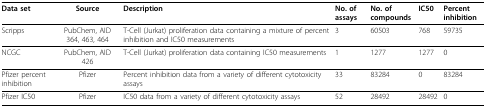
<table><thead><tr><td><b>Data set</b></td><td><b>Source</b></td><td><b>Description</b></td><td><b>No. of assays</b></td><td><b>No. of compounds</b></td><td><b>IC50</b></td><td><b>Percent inhibition</b></td></tr></thead><tbody><tr><td>Scripps</td><td>PubChem, AID 364, 463, 464</td><td>T-Cell (Jurkat) proliferation data containing a mixture of percent inhibition and IC50 measurements</td><td>3</td><td>60503</td><td>768</td><td>59735</td></tr><tr><td>NCGC</td><td>PubChem, AID 426</td><td>T-Cell (Jurkat) proliferation data containing IC50 measurements</td><td>1</td><td>1277</td><td>1277</td><td>0</td></tr><tr><td>Pfizer percent inhibition</td><td>Pfizer</td><td>Percent inhibition data from a variety of different cytotoxicity assays</td><td>33</td><td>83284</td><td>0</td><td>83284</td></tr><tr><td>Pfizer IC50</td><td>Pfizer</td><td>IC50 data from a variety of different cytotoxicity assays</td><td>52</td><td>28492</td><td>28492</td><td>0</td></tr></tbody></table>